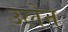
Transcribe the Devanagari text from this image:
उलेन